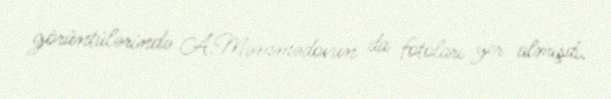
görüntülərində A.Məmmədovun da fotoları yer almışdı.